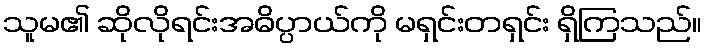
သူမ၏ ဆိုလိုရင်းအဓိပ္ပာယ်ကို မရှင်းတရှင်း ရှိကြသည်။